Plague in India, 1896, 1897 - Volume 3
Year: 1896
Disease focus: Plague
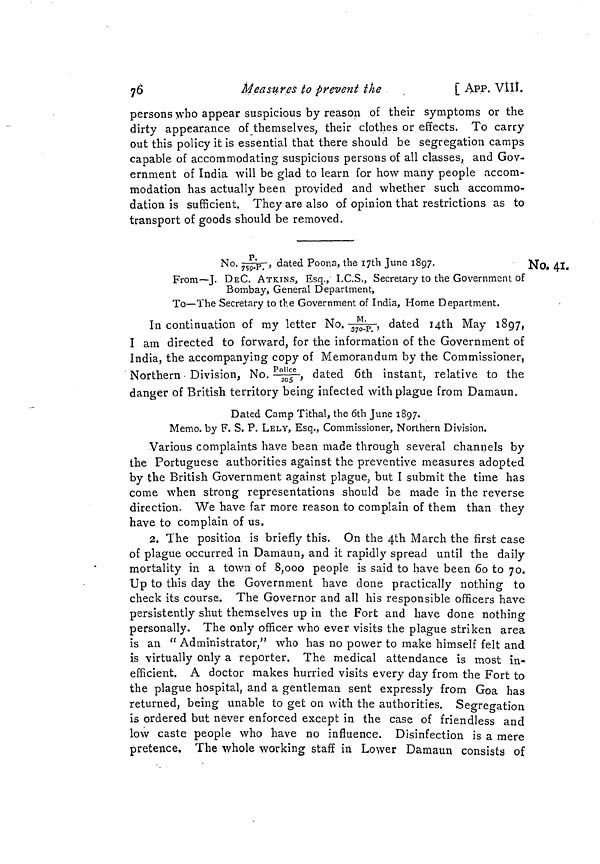
76
Measures to prevent the
,
[ APP. VIII.
persons who appear suspicious by reason of their symptoms or the
dirty appearance of themselves, their clothes or effects. To carry
out this policy it is essential that there should be segregation camps
capable of accommodating suspicious persons of all classes, and Gov-
ernment of India will be glad to learn for how many people accom-
modation has actually been provided and whether such accommo-
dation is sufficient. They are also of opinion that restrictions as to
transport of goods should be removed.
No. 41.
No.P./759.P dated Poona, the 17th June 1897,
From—J. DEC. ATKINS, Esq., I.C.S., Secretary to the Government of
Bombay, General Department,
To—The Secretary to the Government of India, Home Department.
In continuation of my letter No.M/370.P, dated 14th May 1897,
I am directed to forward, for the information of the Government of
India, the accompanying copy of Memorandum by the Commissioner,
Northern • Division, No. police/205, dated 6th instant, relative to the
danger of British territory being infected with plague from Damaun.
Dated Camp Tithal, the 6th June 1897.
Memo, by F. S. P. LELY, Esq., Commissioner, Northern Division.
Various complaints have been made through several channels by
the Portuguese authorities against the preventive measures adopted
by the British Government against plague, but I submit the time has
come when strong representations should be made in the reverse
direction. We have far more reason to complain of them than they
have to complain of us.
2. The position is briefly this. On the 4th March the first case
of plague occurred in Damaun, and it rapidly spread until the daily
mortality in a town of 8,000 people is said to have been 60 to 70.
Up to this day the Government have done practically nothing to
check its course. The Governor and all his responsible officers have
persistently shut themselves up in the Fort and have done nothing
personally. The only officer who ever visits the plague striken area
is an " Administrator," who has no power to make himself felt and
is virtually only a reporter. The medical attendance is most in-
efficient. A doctor makes hurried visits every day from the Fort to
the plague hospital, and a gentleman sent expressly from Goa has
returned, being unable to get on with the authorities. Segregation
is ordered but never enforced except in the case of friendless and
low caste people who have no influence. Disinfection is a mere
pretence. The whole working staff in Lower Damaun consists of